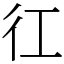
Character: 𢓁